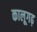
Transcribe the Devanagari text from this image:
कालूगढ़